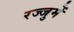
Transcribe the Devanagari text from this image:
रज्जुमें